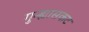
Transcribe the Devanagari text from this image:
गुन्ह्यासकट